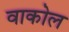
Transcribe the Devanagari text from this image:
वाकोल